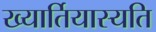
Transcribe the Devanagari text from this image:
ख्यार्तियास्यति